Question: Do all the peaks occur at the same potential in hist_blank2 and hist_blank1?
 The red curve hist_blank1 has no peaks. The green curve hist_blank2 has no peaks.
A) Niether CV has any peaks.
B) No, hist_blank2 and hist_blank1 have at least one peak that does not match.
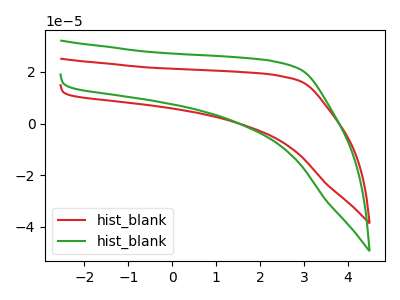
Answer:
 <answer>A) Niether CV has any peaks.</answer>
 <eval>A</eval>